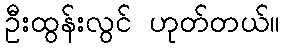
ဦးထွန်းလွင် ဟုတ်တယ်။